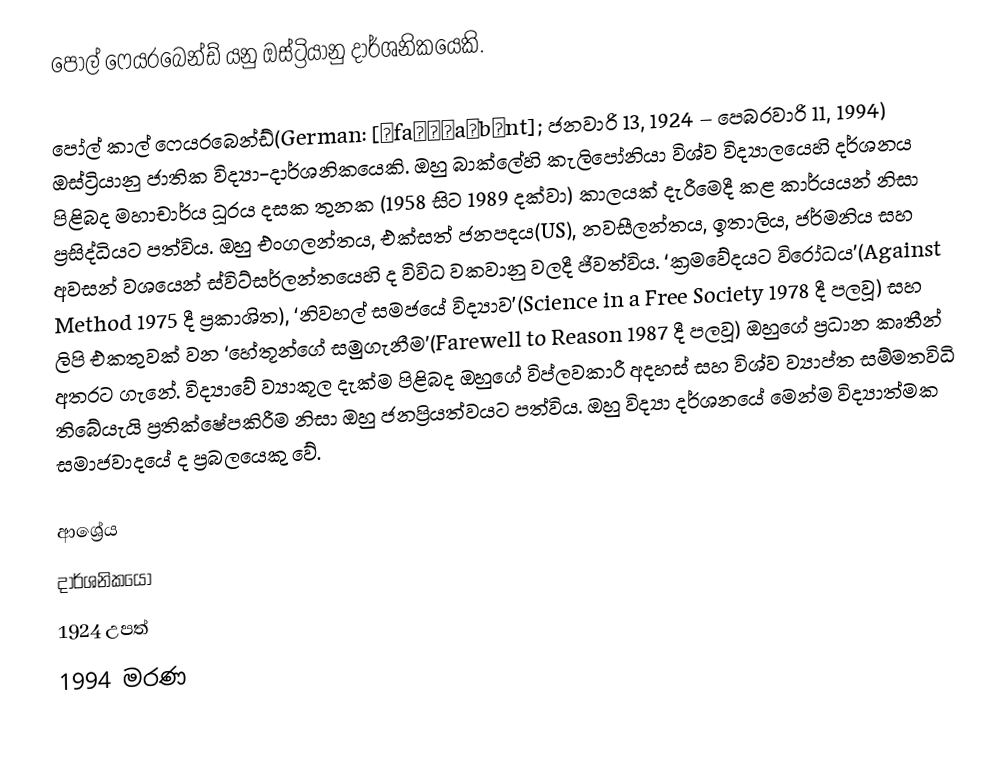
පෝල් ෆෙයරබෙන්ඩ් යනු ඔස්ට්‍රියානු දාර්ශනිකයෙකි.

පෝල් කාල් ෆෙයරබෙන්ඩ්(German: [ˈfaɪɐˌaːbɛnt]; ජනවාරි 13, 1924 – පෙබරවාරි 11, 1994) ඔස්ට්‍රියානු ජාතික විද්‍යා-දාර්ශනිකයෙකි. ඔහු බාක්ලේහි කැලිපෝනියා විශ්ව විද්‍යාලයෙහි දර්ශනය පිළිබද මහාචාර්ය ධූරය දසක තුනක (1958 සිට 1989 දක්වා) කාලයක් දැරීමෙදී කළ කාර්යයන් නිසා ප්‍රසිද්ධියට පත්විය. ඔහු එංගලන්තය, එක්සත් ජනපදය(US), නවසීලන්තය, ඉතාලිය, ජර්මනිය සහ අවසන් වශයෙන් ස්විට්සර්ලන්තයෙහි ද විවිධ වකවානු වලදී ජීවත්විය. ‘ක්‍රමවේදයට විරෝධය’(Against Method 1975 දී ප්‍රකාශිත), ‘නිවහල් සමජයේ විද්‍යාව’(Science in a Free Society 1978 දී පලවූ) සහ ලිපි එකතුවක් වන ‘හේතූන්ගේ සමුගැනීම’(Farewell to Reason 1987 දී පලවූ) ඔහුගේ ප්‍රධාන කෘතීන් අතරට ගැනේ. විද්‍යාවේ ව්‍යාකූල දැක්ම පිළිබද ඔහුගේ විප්ලවකාරී අදහස් සහ විශ්ව ව්‍යාප්ත සම්මතවිධි තිබේයැයි ප්‍රතික්ෂේපකිරීම නිසා ඔහු ජනප්‍රියත්වයට පත්විය. ඔහු විද්‍යා දර්ශනයේ මෙන්ම විද්‍යාත්මක සමාජවාදයේ ද ප්‍රබලයෙකු වේ.

ආශ්‍රේය
දාර්ශනිකයෝ
1924 උපත්
1994 මරණ